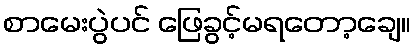
စာမေးပွဲပင် ဖြေခွင့်မရတော့ချေ။